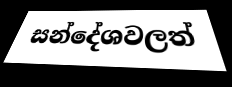
සන්දේශවලත්